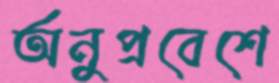
অনুপ্রবেশে